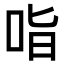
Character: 𭇣